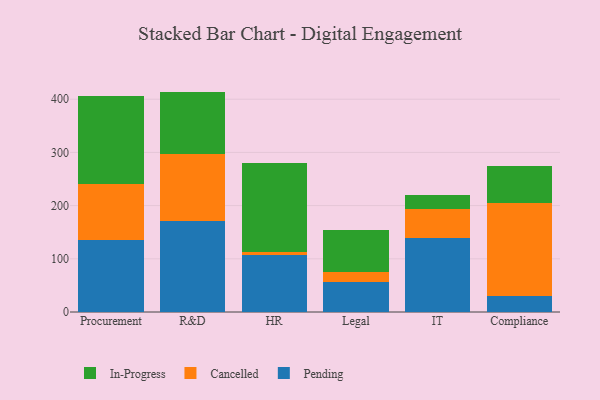
{"axis": {"x": "Department", "y": "Population (Million)"}, "legend": ["Cancelled", "In-Progress", "Pending"], "data": [{"x": "Procurement", "y": 134.8, "type": "Pending"}, {"x": "Procurement", "y": 105.5, "type": "Cancelled"}, {"x": "Procurement", "y": 165.1, "type": "In-Progress"}, {"x": "R&D", "y": 172.0, "type": "Pending"}, {"x": "R&D", "y": 125.5, "type": "Cancelled"}, {"x": "R&D", "y": 116.8, "type": "In-Progress"}, {"x": "HR", "y": 106.3, "type": "Pending"}, {"x": "HR", "y": 5.7, "type": "Cancelled"}, {"x": "HR", "y": 169.0, "type": "In-Progress"}, {"x": "Legal", "y": 56.9, "type": "Pending"}, {"x": "Legal", "y": 18.3, "type": "Cancelled"}, {"x": "Legal", "y": 79.4, "type": "In-Progress"}, {"x": "IT", "y": 138.5, "type": "Pending"}, {"x": "IT", "y": 55.3, "type": "Cancelled"}, {"x": "IT", "y": 26.2, "type": "In-Progress"}, {"x": "Compliance", "y": 29.3, "type": "Pending"}, {"x": "Compliance", "y": 175.7, "type": "Cancelled"}, {"x": "Compliance", "y": 70.3, "type": "In-Progress"}]}